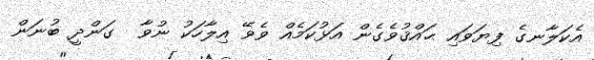
އެކަލާނގެ ފިޔަވައި ޙައްޤުވެގެން އަޅުކަމެއް ވެވޭ އިލާހަކު ނުވާ  ގަންދީ ބުނަން